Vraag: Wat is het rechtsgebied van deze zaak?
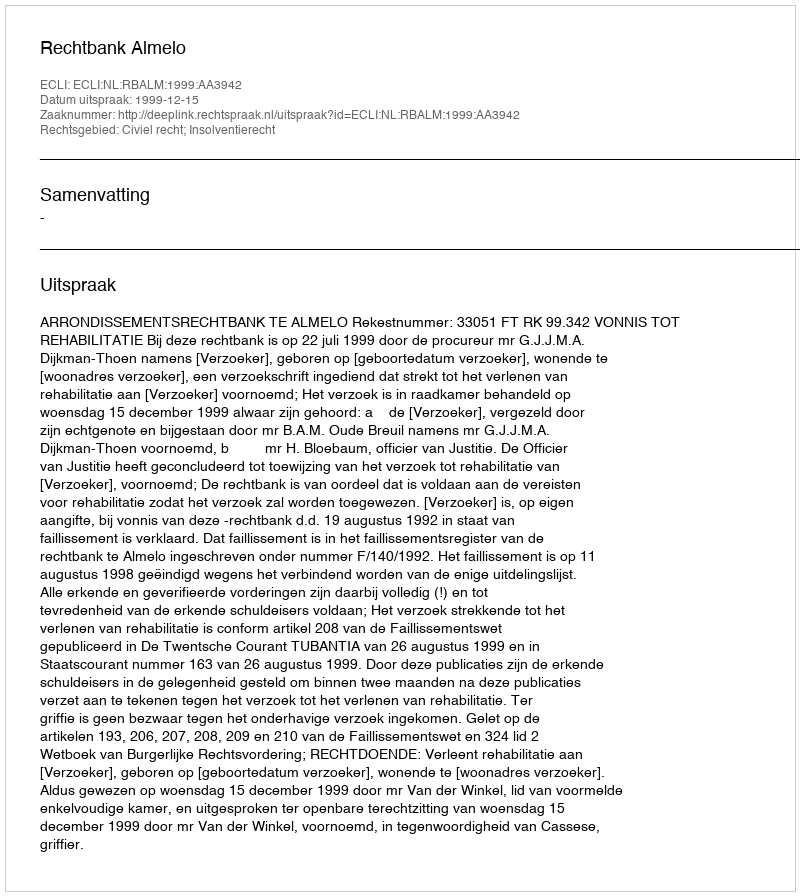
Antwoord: Civiel recht; Insolventierecht